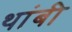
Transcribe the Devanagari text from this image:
थांबी